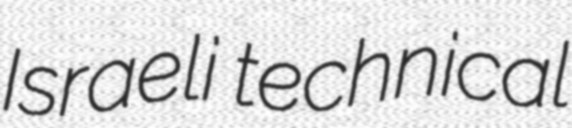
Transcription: Israeli technical